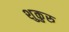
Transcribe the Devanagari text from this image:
शुकुरु